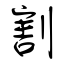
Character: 割